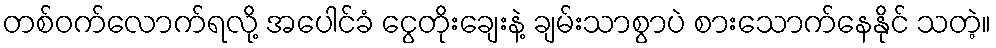
တစ်ဝက်လောက်ရလို့ အပေါင်ခံ ငွေတိုးချေးနဲ့ ချမ်းသာစွာပဲ စားသောက်နေနိုင် သတဲ့။